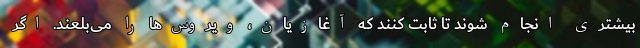
بیشتری انجام شوند تا ثابت کنند که آغازیان، ویروس‌ها را می‌بلعند. اگر